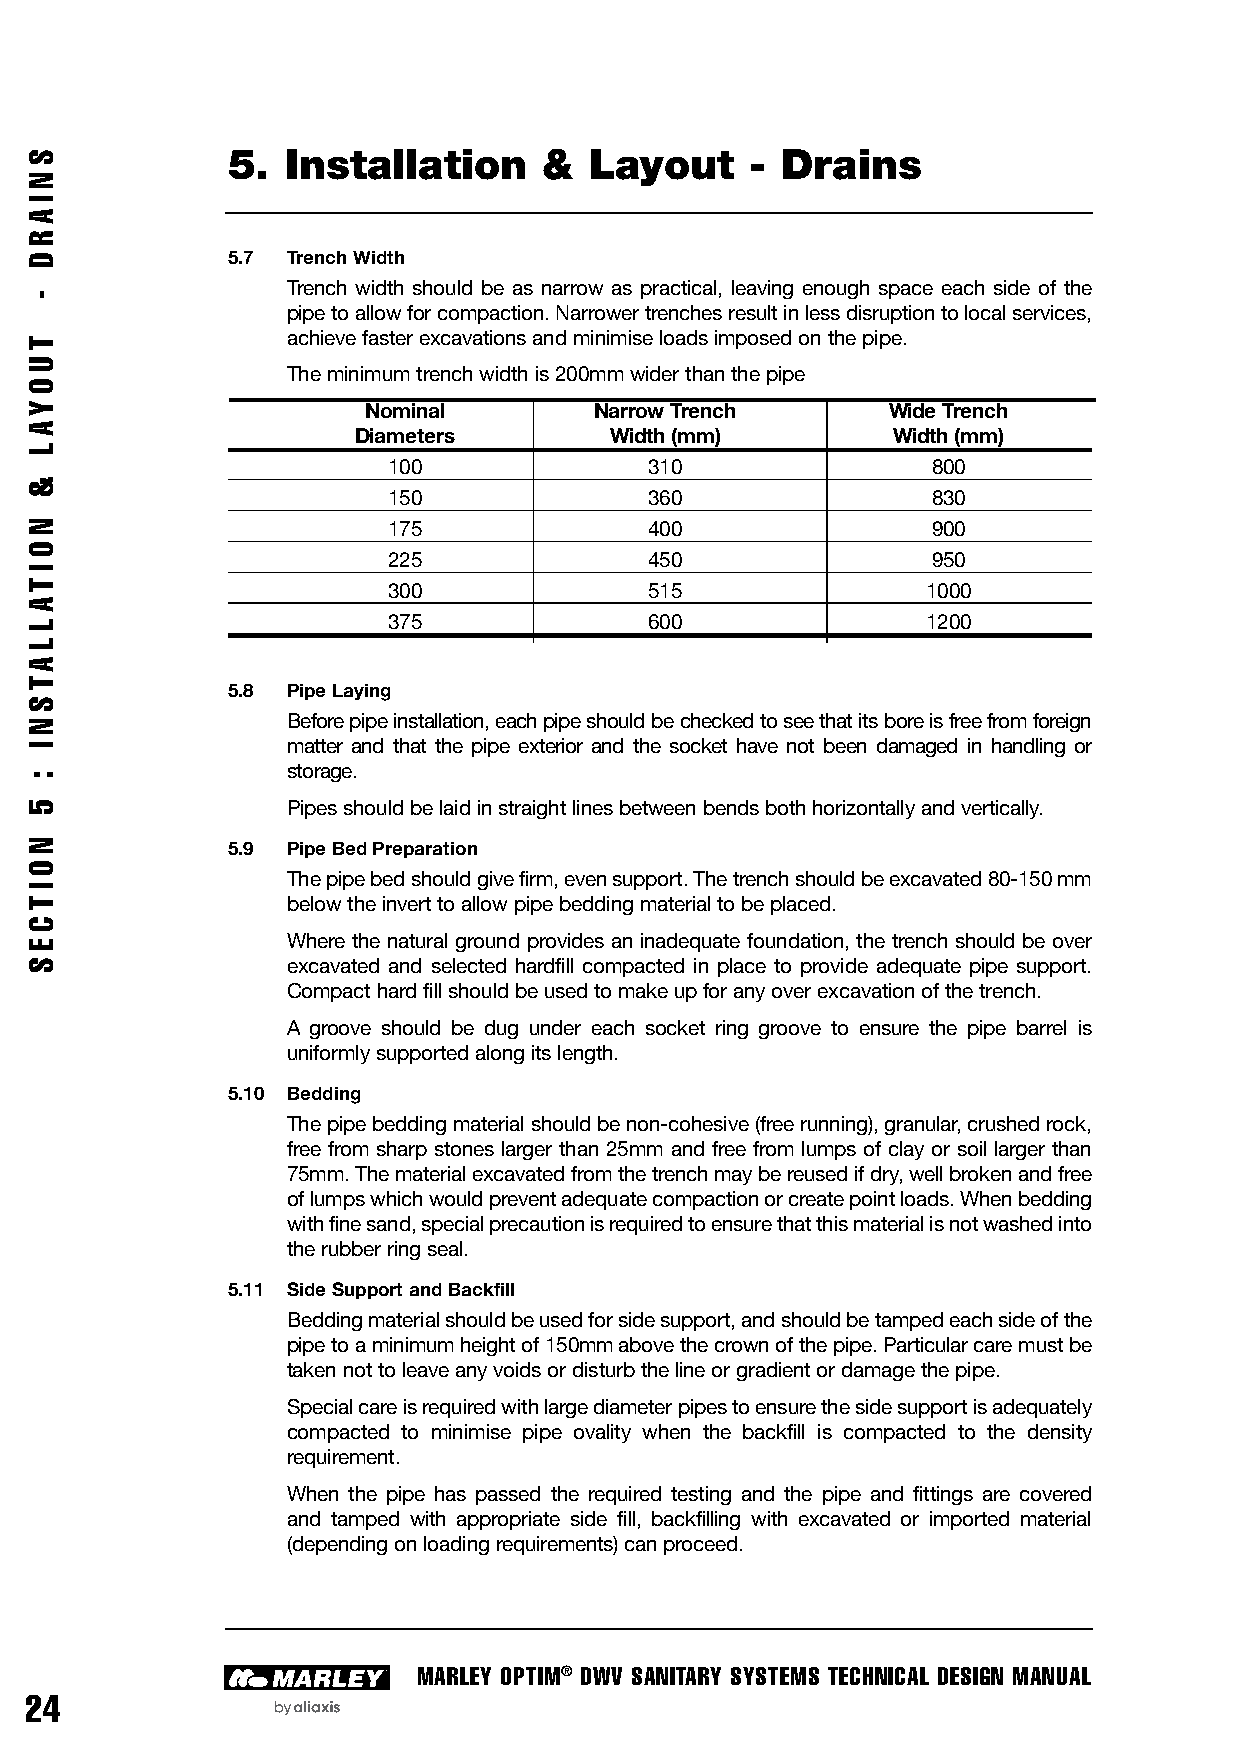
5.  Installation     &  Layout     - Drains
 5.7 Trench Width
 Trench width should be as narrow as practical, leaving enough space each side of the
 pipe to allow for compaction. Narrower trenches result in less disruption to local services,
 achieve faster excavations and minimise loads imposed on the pipe.
 The minimum trench width is 200mm wider than the pipe
 Nominal        Narrow Trench       Wide Trench
 Diameters       Width (mm)         Width (mm)
 100              310                800
 150              360                830
 175              400                900
 225              450                950
 300              515               1000
 375              600               1200
 5.8 Pipe Laying
 Before pipe installation, each pipe should be checked to see that its bore is free from foreign
 matter and that the pipe exterior and the socket have not been damaged in handling or
 storage.
 Pipes should be laid in straight lines between bends both horizontally and vertically.
 5.9 Pipe Bed Preparation
 The pipe bed should give firm, even support. The trench should be excavated 80-150 mm
 below the invert to allow pipe bedding material to be placed.
 Where the natural ground provides an inadequate foundation, the trench should be over
 excavated and selected hardfill compacted in place to provide adequate pipe support.
 Compact hard fill should be used to make up for any over excavation of the trench.
 A groove should be dug under each socket ring groove to ensure the pipe barrel is
 uniformly supported along its length.
 5.10 Bedding
 The pipe bedding material should be non-cohesive (free running), granular, crushed rock,
 free from sharp stones larger than 25mm and free from lumps of clay or soil larger than
 75mm. The material excavated from the trench may be reused if dry, well broken and free
 of lumps which would prevent adequate compaction or create point loads. When bedding
 with fine sand, special precaution is required to ensure that this material is not washed into
 the rubber ring seal.
 5.11 Side Support and Backfill
 Bedding material should be used for side support, and should be tamped each side of the
 pipe to a minimum height of 150mm above the crown of the pipe. Particular care must be
 taken not to leave any voids or disturb the line or gradient or damage the pipe.
 Special care is required with large diameter pipes to ensure the side support is adequately
 compacted to minimise pipe ovality when the backfill is compacted to the density
 requirement.
 When the pipe has passed the required testing and the pipe and fittings are covered
 and tamped with appropriate side fill, backfilling with excavated or imported material
 (depending on loading requirements) can proceed.
 MARLEY OPTIM® DWV SANITARY SYSTEMS TECHNICAL DESIGN MANUAL
 24
 S
 N
 I
 A
 R
 D
 -
 T
 U
 O
 YA
 L
 &
 N
 O
 I
 TA
 L
 L
 AT
 S
 N
 I
 :
 5
 N
 O
 I
 T
 C
 E
 S